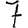
Digit: 7